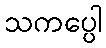
သကပ္ပေါ